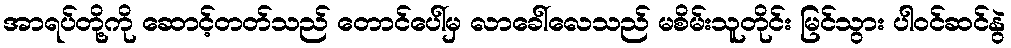
အာရပ်တို့ကို ဆောင့်တတ်သည် တောင်ပေါ်မှ လာခေါ်လေသည် မစိမ်းသူတိုင်း မြင်သွား ပါဝင်ဆင်နွဲ